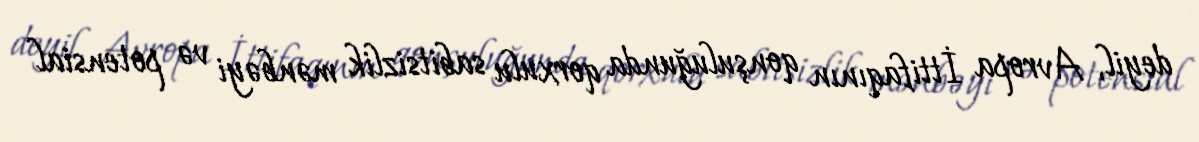
deyil, Avropa İttifaqının qonşuluğunda qorxulu sabitsizlik mənbəyi və potensial